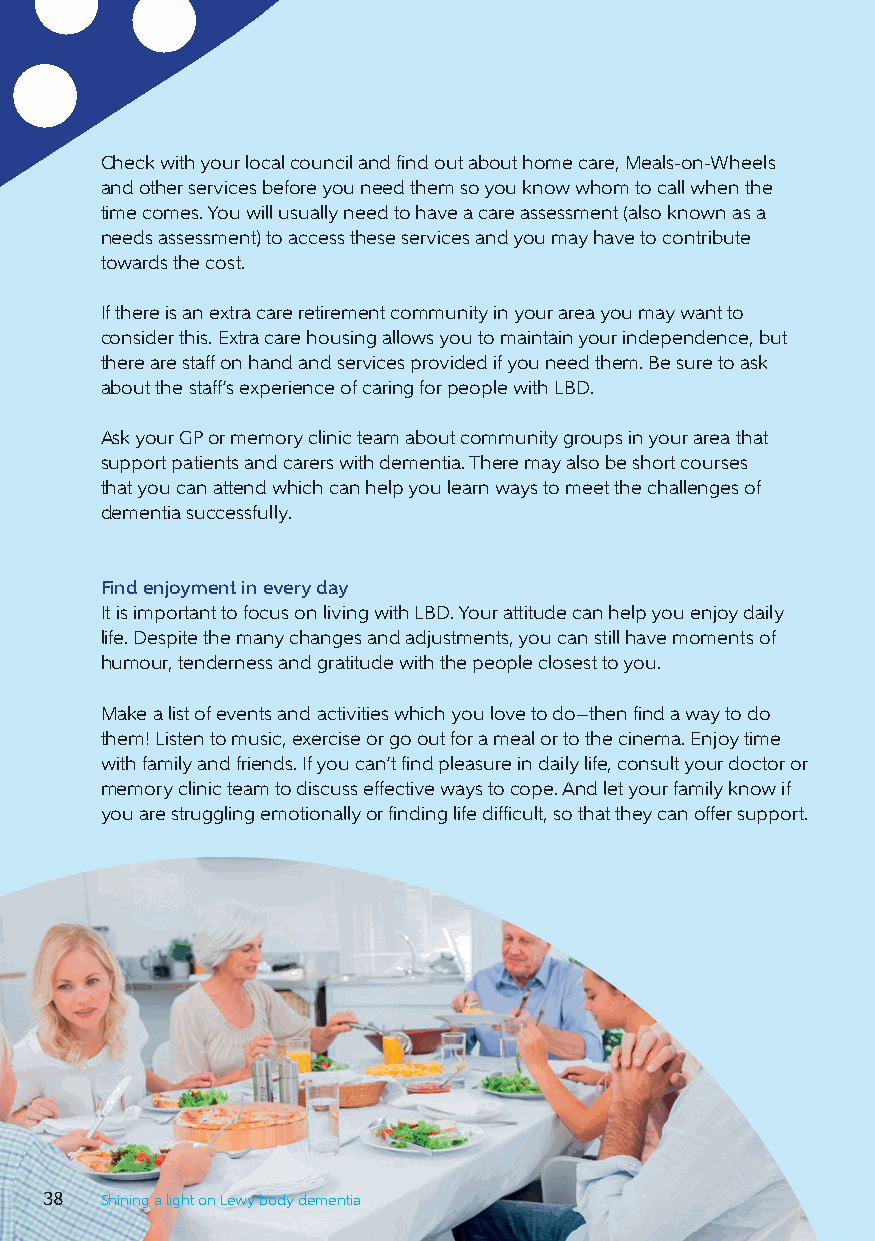
Check with your local council and find out about home care, Meals-on-Wheels
 and other services before you need them so you know whom to call when the
 time comes. You will usually need to have a care assessment (also known as a
 needs assessment) to access these services and you may have to contribute
 towards the cost.
 If there is an extra care retirement community in your area you may want to
 consider this. Extra care housing allows you to maintain your independence, but
 there are staff on hand and services provided if you need them. Be sure to ask
 about the staff’s experience of caring for people with LBD.
 Ask your GP or memory clinic team about community groups in your area that
 support patients and carers with dementia. There may also be short courses
 that you can attend which can help you learn ways to meet the challenges of
 dementia successfully.
 Find enjoyment in every day
 It is important to focus on living with LBD. Your attitude can help you enjoy daily
 life. Despite the many changes and adjustments, you can still have moments of
 humour, tenderness and gratitude with the people closest to you.
 Make a list of events and activities which you love to do—then find a way to do
 them! Listen to music, exercise or go out for a meal or to the cinema. Enjoy time
 with family and friends. If you can’t find pleasure in daily life, consult your doctor or
 memory clinic team to discuss effective ways to cope. And let your family know if
 you are struggling emotionally or finding life difficult, so that they can offer support.
 38  Shining a light on Lewy body dementia